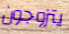
يتزوجون